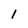
Character: I